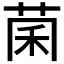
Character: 𫈂